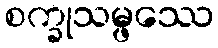
စက္ခုသမ္ဖဿေ